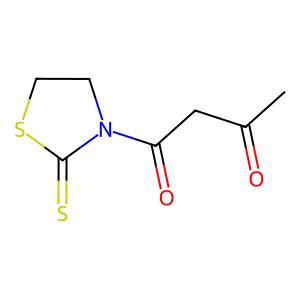
SMILES: CC(=O)CC(=O)N1CCSC1=S
Inhibits HIV replication: No